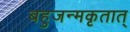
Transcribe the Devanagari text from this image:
बहुजन्मकृतात्